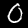
Label: 0